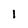
Character: 1